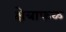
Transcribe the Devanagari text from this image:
क्षेत्राफळ